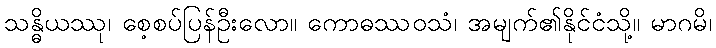
သန္ဓိယဿု၊ စေ့စပ်ပြန်ဦးလော။ ကောဓဿဝသံ၊ အမျက်၏နိုင်ငံသို့။ မာဂမိ၊